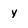
Character: y